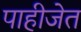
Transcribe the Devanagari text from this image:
पाहीजेत